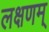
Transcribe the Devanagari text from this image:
लक्षणम्